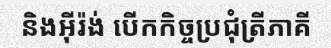
និងអ៊ីរ៉ង់ បើកកិច្ចប្រជុំត្រីភាគី